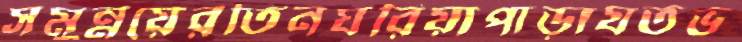
সমুন্নয়েরতিনঘরিয়াপাড়াযতভ